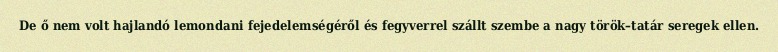
De ő nem volt hajlandó lemondani fejedelemségéről és fegyverrel szállt szembe a nagy török–tatár seregek ellen.